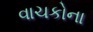
વાચકોના